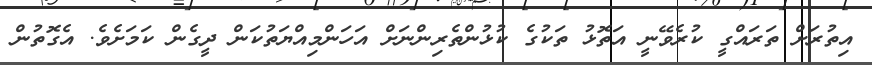
އިތުރަށް ތަރައްގީ ކުރެވޭނީ އަތޮޅު ތަކުގެ ކުޅުންތެރިންނަށް އަހަންމިއްޔަތުކަން ދީގެން ކަމަށެވެ. އެގޮތުން